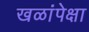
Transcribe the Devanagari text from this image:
खळांपेक्षा